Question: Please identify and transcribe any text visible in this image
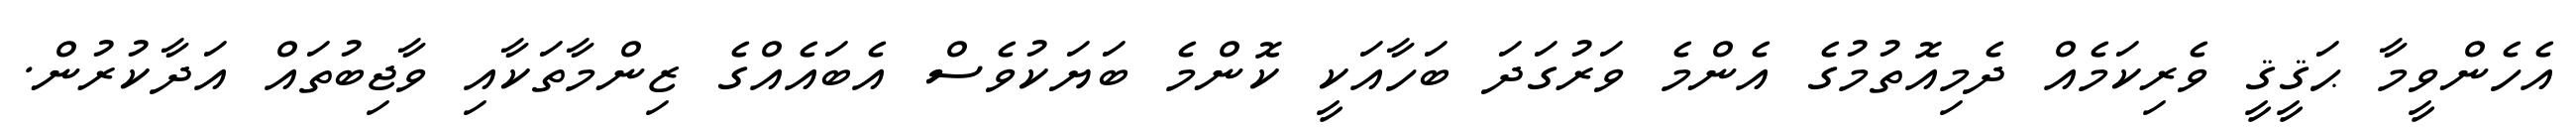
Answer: އެހެންވީމާ ޙަޤީޤީ ވެރިކަމެއް ދެމިއޮތުމުގެ އެންމެ ވަރުގަދަ ބަހާއަކީ ކޮންމެ ބަޔަކުވެސް އެބައެއްގެ ޒިންމާތަކާއި ވާޖިބުތައް އަދާކުރުން.